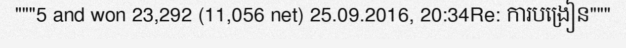
"""5 and won 23,292 (11,056 net) 25.09.2016, 20:34Re: ការបង្រៀន"""